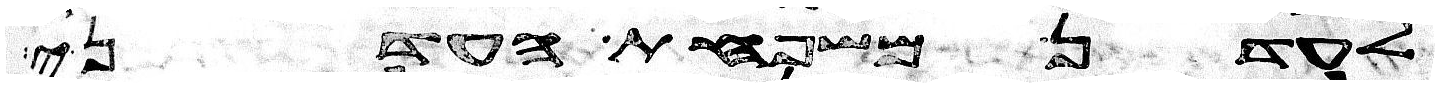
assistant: לעדן משפחת העדני